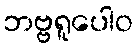
ဘဗ္ဗရူပေါဝ